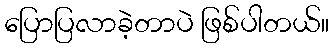
ပြောပြလာခဲ့တာပဲ ဖြစ်ပါတယ်။